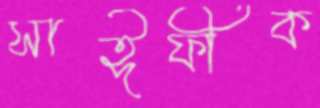
সাঈফীক